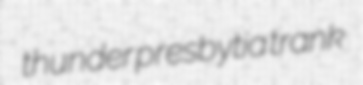
thunder presbytia trank